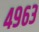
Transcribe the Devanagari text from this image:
४९६३